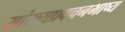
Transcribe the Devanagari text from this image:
सांख्यप्रवचनभाष्य